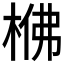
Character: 梻